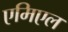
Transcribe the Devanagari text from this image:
एमिएल